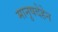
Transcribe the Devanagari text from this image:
मानुषदेहेन